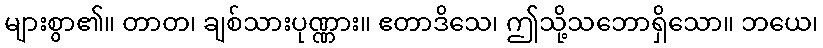
များစွာ၏။ တာတ၊ ချစ်သားပုဏ္ဏား။ ဧတာဒိသေ၊ ဤသို့သဘောရှိသော။ ဘယေ၊